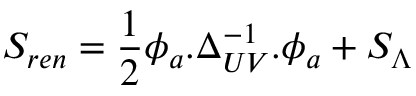
S _ { r e n } = \frac { 1 } { 2 } \phi _ { a } . \Delta _ { U V } ^ { - 1 } . \phi _ { a } + S _ { \Lambda }